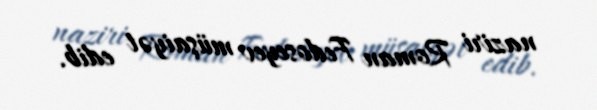
naziri Roman Fedoseyev müşaiyət edib.